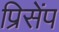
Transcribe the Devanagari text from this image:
प्रिसेंप